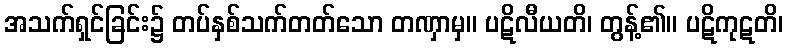
အသက်ရှင်ခြင်း၌ တပ်နှစ်သက်တတ်သော တဏှာမှ။ ပဋိလီယတိ၊ တွန့်၏။ ပဋိကုဋတိ၊